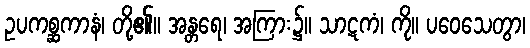
ဥပကစ္ဆကာနံ၊ တို့၏။ အန္တရေ၊ အကြား၌။ သာဋကံ၊ ကို။ ပဝေသေတွာ၊